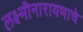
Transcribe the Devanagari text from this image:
लक्ष्मीनारायणाचे